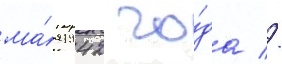
ма́я 1942 го́да //